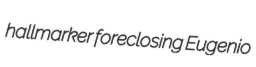
hallmarker foreclosing Eugenio